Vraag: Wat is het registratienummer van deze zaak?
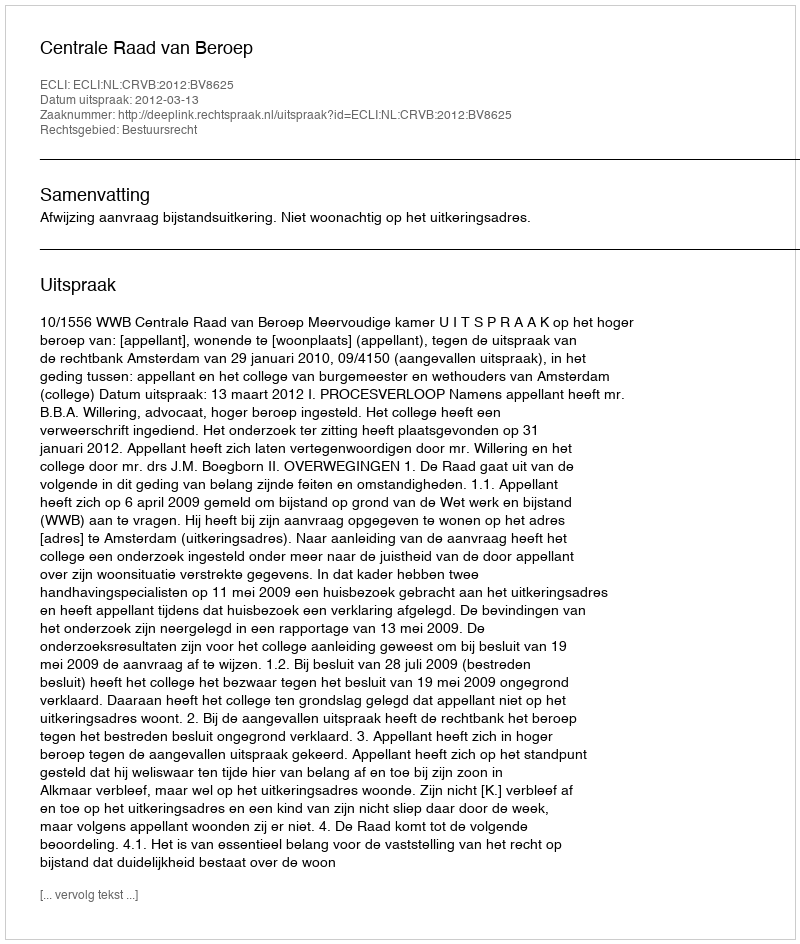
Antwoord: http://deeplink.rechtspraak.nl/uitspraak?id=ECLI:NL:CRVB:2012:BV8625